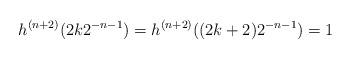
LaTeX: \begin{align*} h^{(n+2)}(2k2^{-n-1}) = h^{(n+2)}((2k+2)2^{-n-1}) = 1\end{align*}